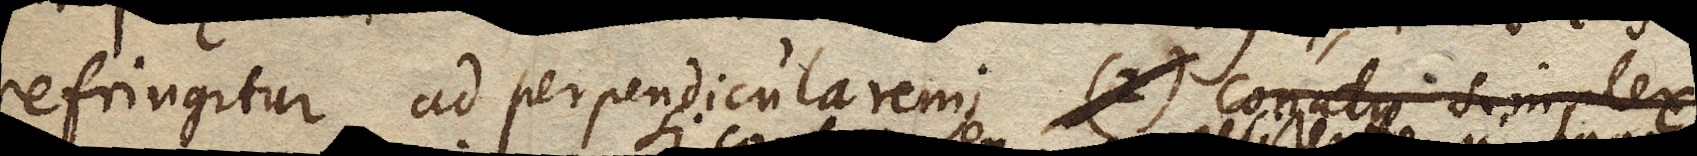
refringitur ad perpendicularem; (2) Conatus simplex